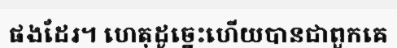
ផងដែរ។ ហេតុដូច្នេះហើយបានជាពួកគេ